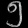
Digit: ၅